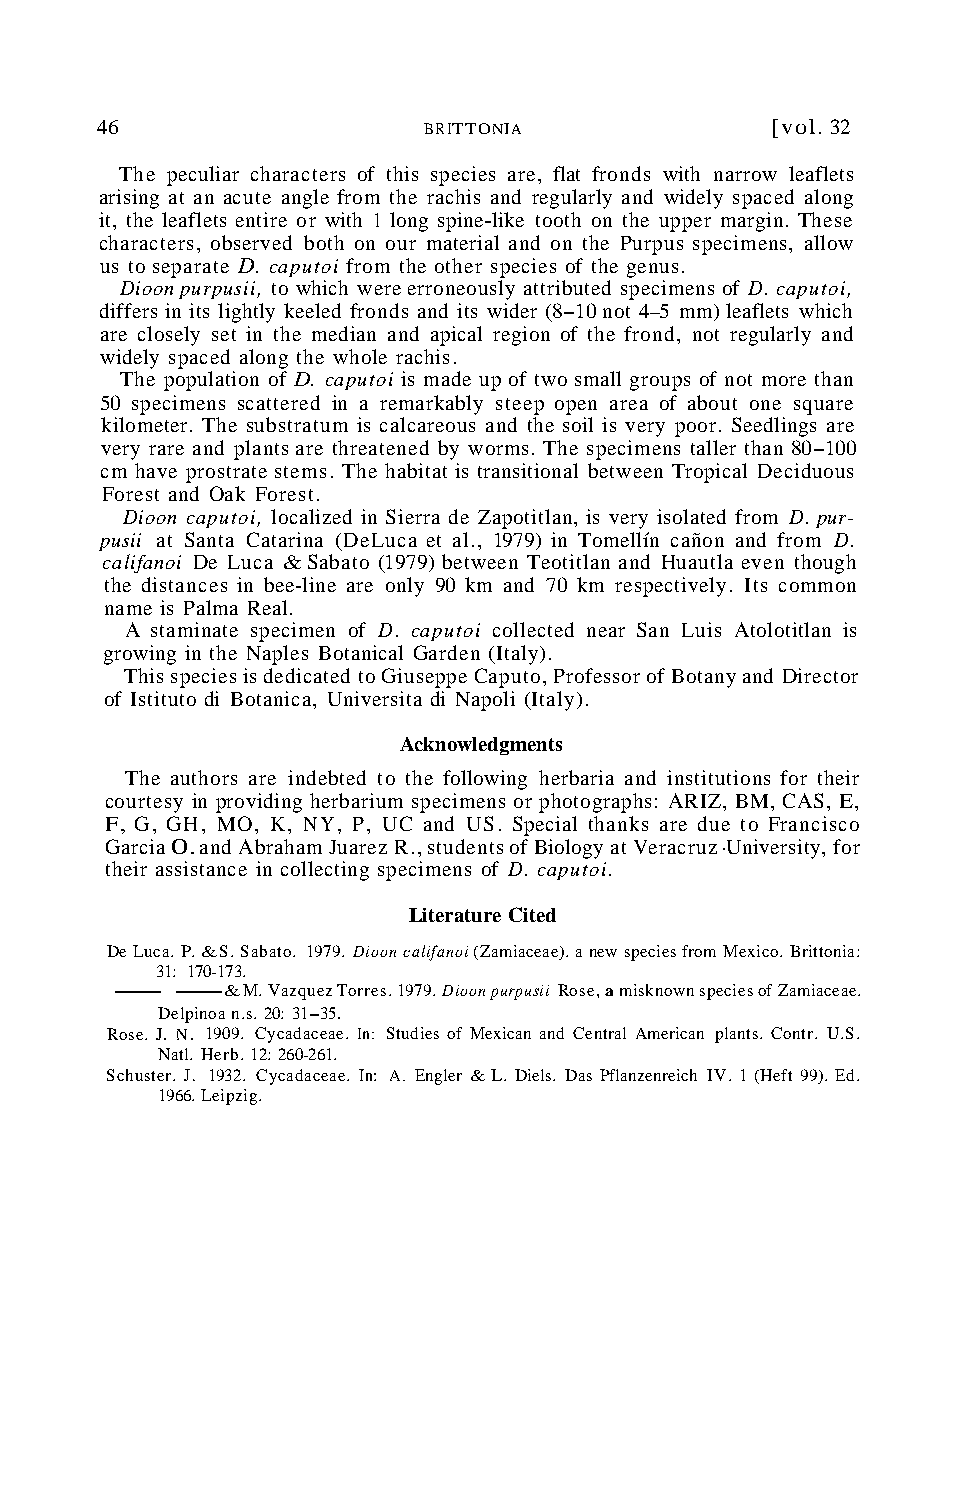
46                    BRITTONIA              [vol. 32
 The peculiar characters of this species are, flat fronds with narrow leaflets
 arising at an acute angle from the rachis and regularly and widely spaced along
 it, the leaflets entire or with 1 long spine-like tooth on the upper margin. These
 characters, observed both on our material and on the Purpus specimens, allow
 us to separate D. caputoi from the other species of the genus.
 Dioon purpusii, to which were erroneously attributed specimens of D. caputoi,
 differs in its lightly keeled fronds and its wider (8-10 not 4-5 mm) leaflets which
 are closely set in the median and apical region of the frond, not regularly and
 widely spaced along the whole rachis.
 The population of D. caputoi is made up of two small groups of not more than
 50 specimens scattered in a remarkably steep open area of about one square
 kilometer. The substratum is calcareous and the soil is very poor. Seedlings are
 very rare and plants are threatened by worms. The specimens taller than 80-100
 cm have prostrate stems. The habitat is transitional between Tropical Deciduous
 Forest and Oak Forest.
 Dioon caputoi, localized in Sierra de Zapotitlan, is very isolated from D. pur-
 pusii at Santa Catarina (DeLuca et al., 1979) in Tomellín cañon and from D.
 califanoi De Luca & Sabato (1979) between Teotitlan and Huautla even though
 the distances in bee-line are only 90 km and 70 km respectively. Its common
 name is Palma Real.
 A staminate specimen of D. caputoi collected near San Luis Atolotitlan is
 growing in the Naples Botanical Garden (Italy).
 This species is dedicated to Giuseppe Caputo, Professor of Botany and Director
 of Istituto di Botanica, Universita di Napoli (Italy).
 Acknowledgments
 The authors are indebted to the following herbaria and institutions for their
 courtesy in providing herbarium specimens or photographs: ARIZ, BM, CAS, E,
 F, G, GH, MO, K, NY, P, UC and US. Special thanks are due to Francisco
 Garcia 0. and Abraham Juarez R., students of Biology at Veracruz -University, for
 their assistance in collecting specimens of D. caputoi.
 Literature Cited
 De Luca. P. & S. Sabato. 1979. Dioon califanoi (Zamiaceae). a new species from Mexico. Brittonia:
 31: 170-173.
 --&      M. Vazquez Torres. 1979. Dioon purpusii Rose, a misknown species of Zamiaceae.
 Delpinoa n.s. 20: 31-35.
 Rose. J. N. 1909. Cycadaceae. In: Studies of Mexican and Central American plants. Contr. U.S.
 Natl. Herb. 12: 260-261.
 Schuster. J. 1932. Cycadaceae. In: A. Engler & L. Diels. Das Pflanzenreich IV. 1 (Heft 99). Ed.
 1966. Leipzig.